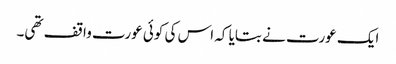
ایک عورت نے بتایا کہ اس کی کوئی عورت واقف تھی۔